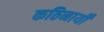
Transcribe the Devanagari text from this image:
कठिनायीँ